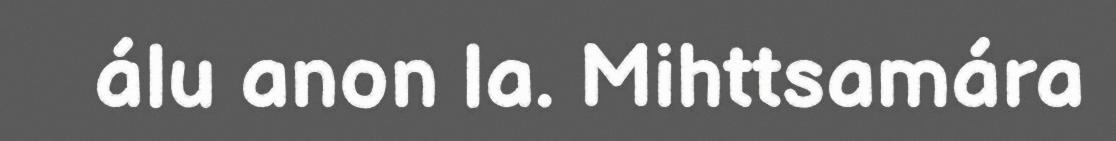
álu anon la. Mihttsamára